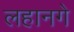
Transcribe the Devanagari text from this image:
लहानगे